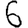
Digit: 6